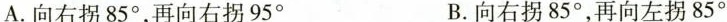
A.向右拐85°，再向右拐95° B.向右拐85°，再向左拐85°